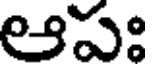
ఆపః